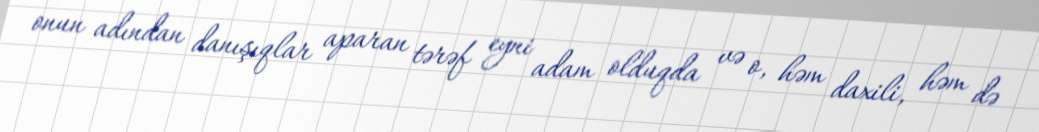
onun adından danışıqlar aparan tərəf eyni adam olduqda və o, həm daxili, həm də